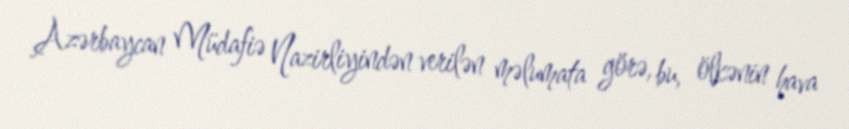
Azərbaycan Müdafiə Nazirliyindən verilən məlumata görə, bu, ölkənin hava